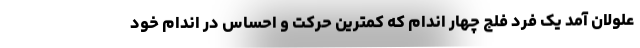
علولان آمد یک فرد فلج چهار اندام که کمترین حرکت و احساس در اندام خود